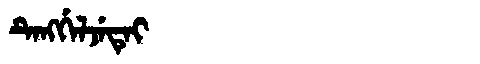
Manchu: ᡨᡝᠩᡤᡝᠯᠵᡝᡨᡝᡳ
Romanization: TENGGELJETEI